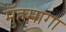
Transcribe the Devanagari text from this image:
मुँहमागा